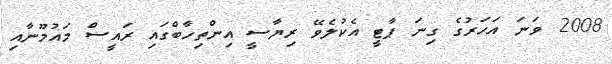
2008 ވަނަ އަހަރުގެ ގިނަ ޕާޓީ އެކުލެވޭ ރިޔާސީ އިންތިހާބްގައި ރައީސް މައުމޫނާއި